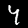
Digit: 4